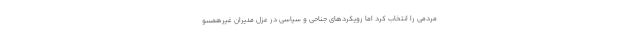
مردمی را انتخاب کرد اما رویکردهای جناحی و سیاسی در عزل مدیران غیرهمسو